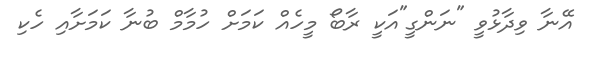
އޭނާ ވިދާޅުވީ "ނަންގީ"އަކީ ރާބޯ މީހެއް ކަމަށް ހުމާމް ބުނާ ކަމަށާއި ހެކި